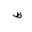
Letter: _za